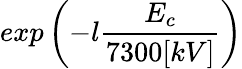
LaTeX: exp\left(-l\frac{E_{c}}{7300[kV]}\right)